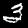
Label: 3